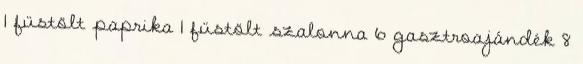
1 füstölt paprika 1 füstölt szalonna 6 gasztroajándék 8